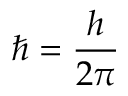
{ \hbar } = { \frac { h } { 2 \pi } }